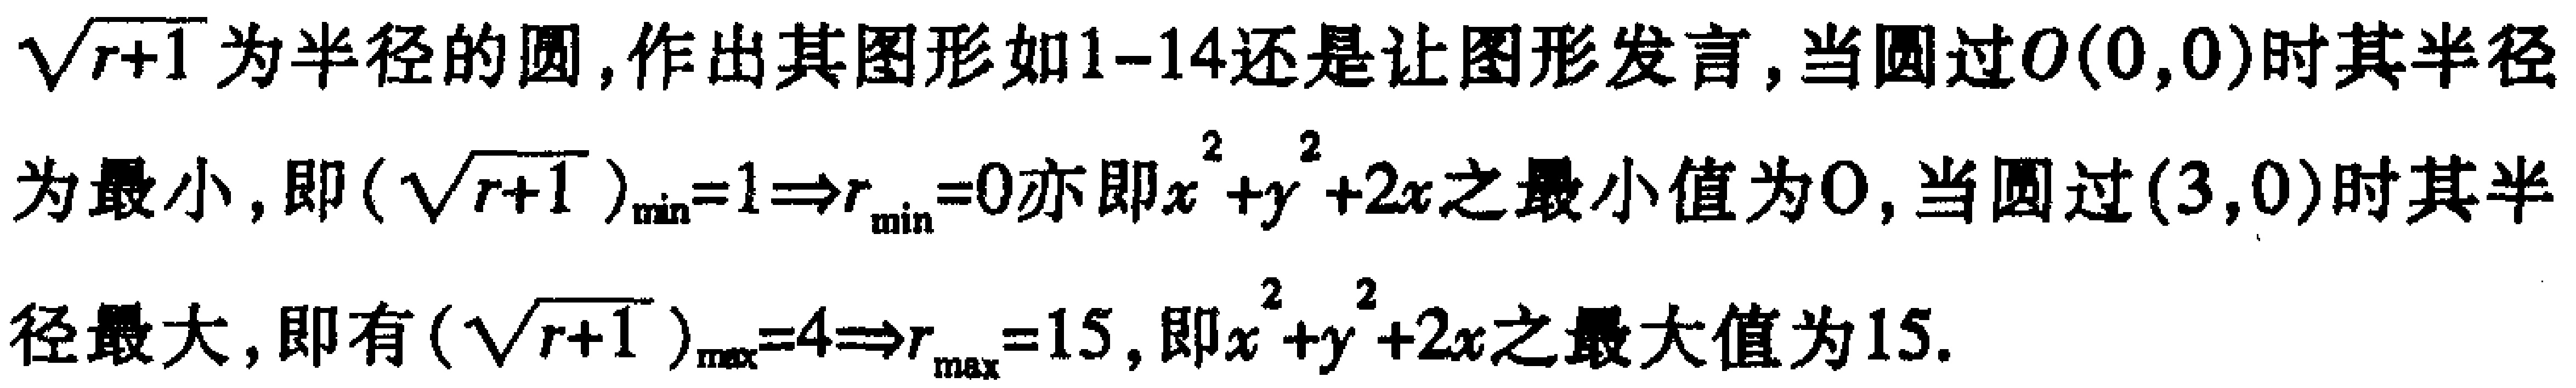
$\sqrt{r + 1}$为半径的圆,作出其图形如1-14还是让图形发言,当圆过$O(0,0)$时其半径

为最小,即$(\sqrt{r + 1})_{\min}=1\Rightarrow r_{\min}=0$亦即$x^{2}+y^{2}+2x$之最小值为$0$,当圆过$(3,0)$时其半

径最大,即有$(\sqrt{r + 1})_{\max}=4\Rightarrow r_{\max}=15$,即$x^{2}+y^{2}+2x$之最大值为$15$.